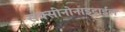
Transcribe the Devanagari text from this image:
सक्सीनोनाइट्राईल